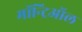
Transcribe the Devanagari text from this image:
मॉन्ट्रिऑल